Vaccination in Bombay 1913-1923 - 1913-1923
Year: 1913
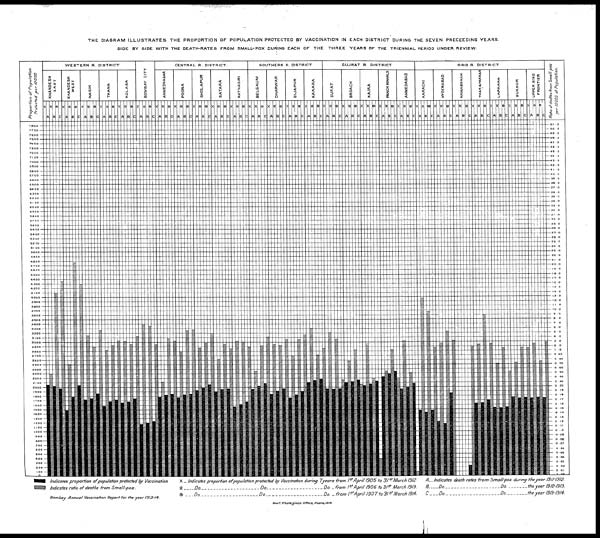
THE DIAGRAM ILLUSTRATES THE PROPORTION OF POPULATION PROTECTED BY VACCINATION IN EACH DISTRICT DURING THE SEVEN PRECEEDING YEARS.
SIDE BY SIDE WITH THE DEATH-RATES FROM SMALL-POX DURING EACH OF THE THREE YEARS OF THE TRIENNIAL PERIOD UNDER REVIEW.